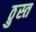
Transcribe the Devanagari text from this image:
ठ्रुस्त